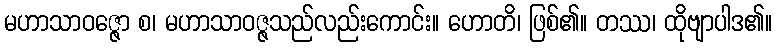
မဟာသာဝဇ္ဇော စ၊ မဟာသာဝဇ္ဇသည်လည်းကောင်း။ ဟောတိ၊ ဖြစ်၏။ တဿ၊ ထိုဗျာပါဒ၏။